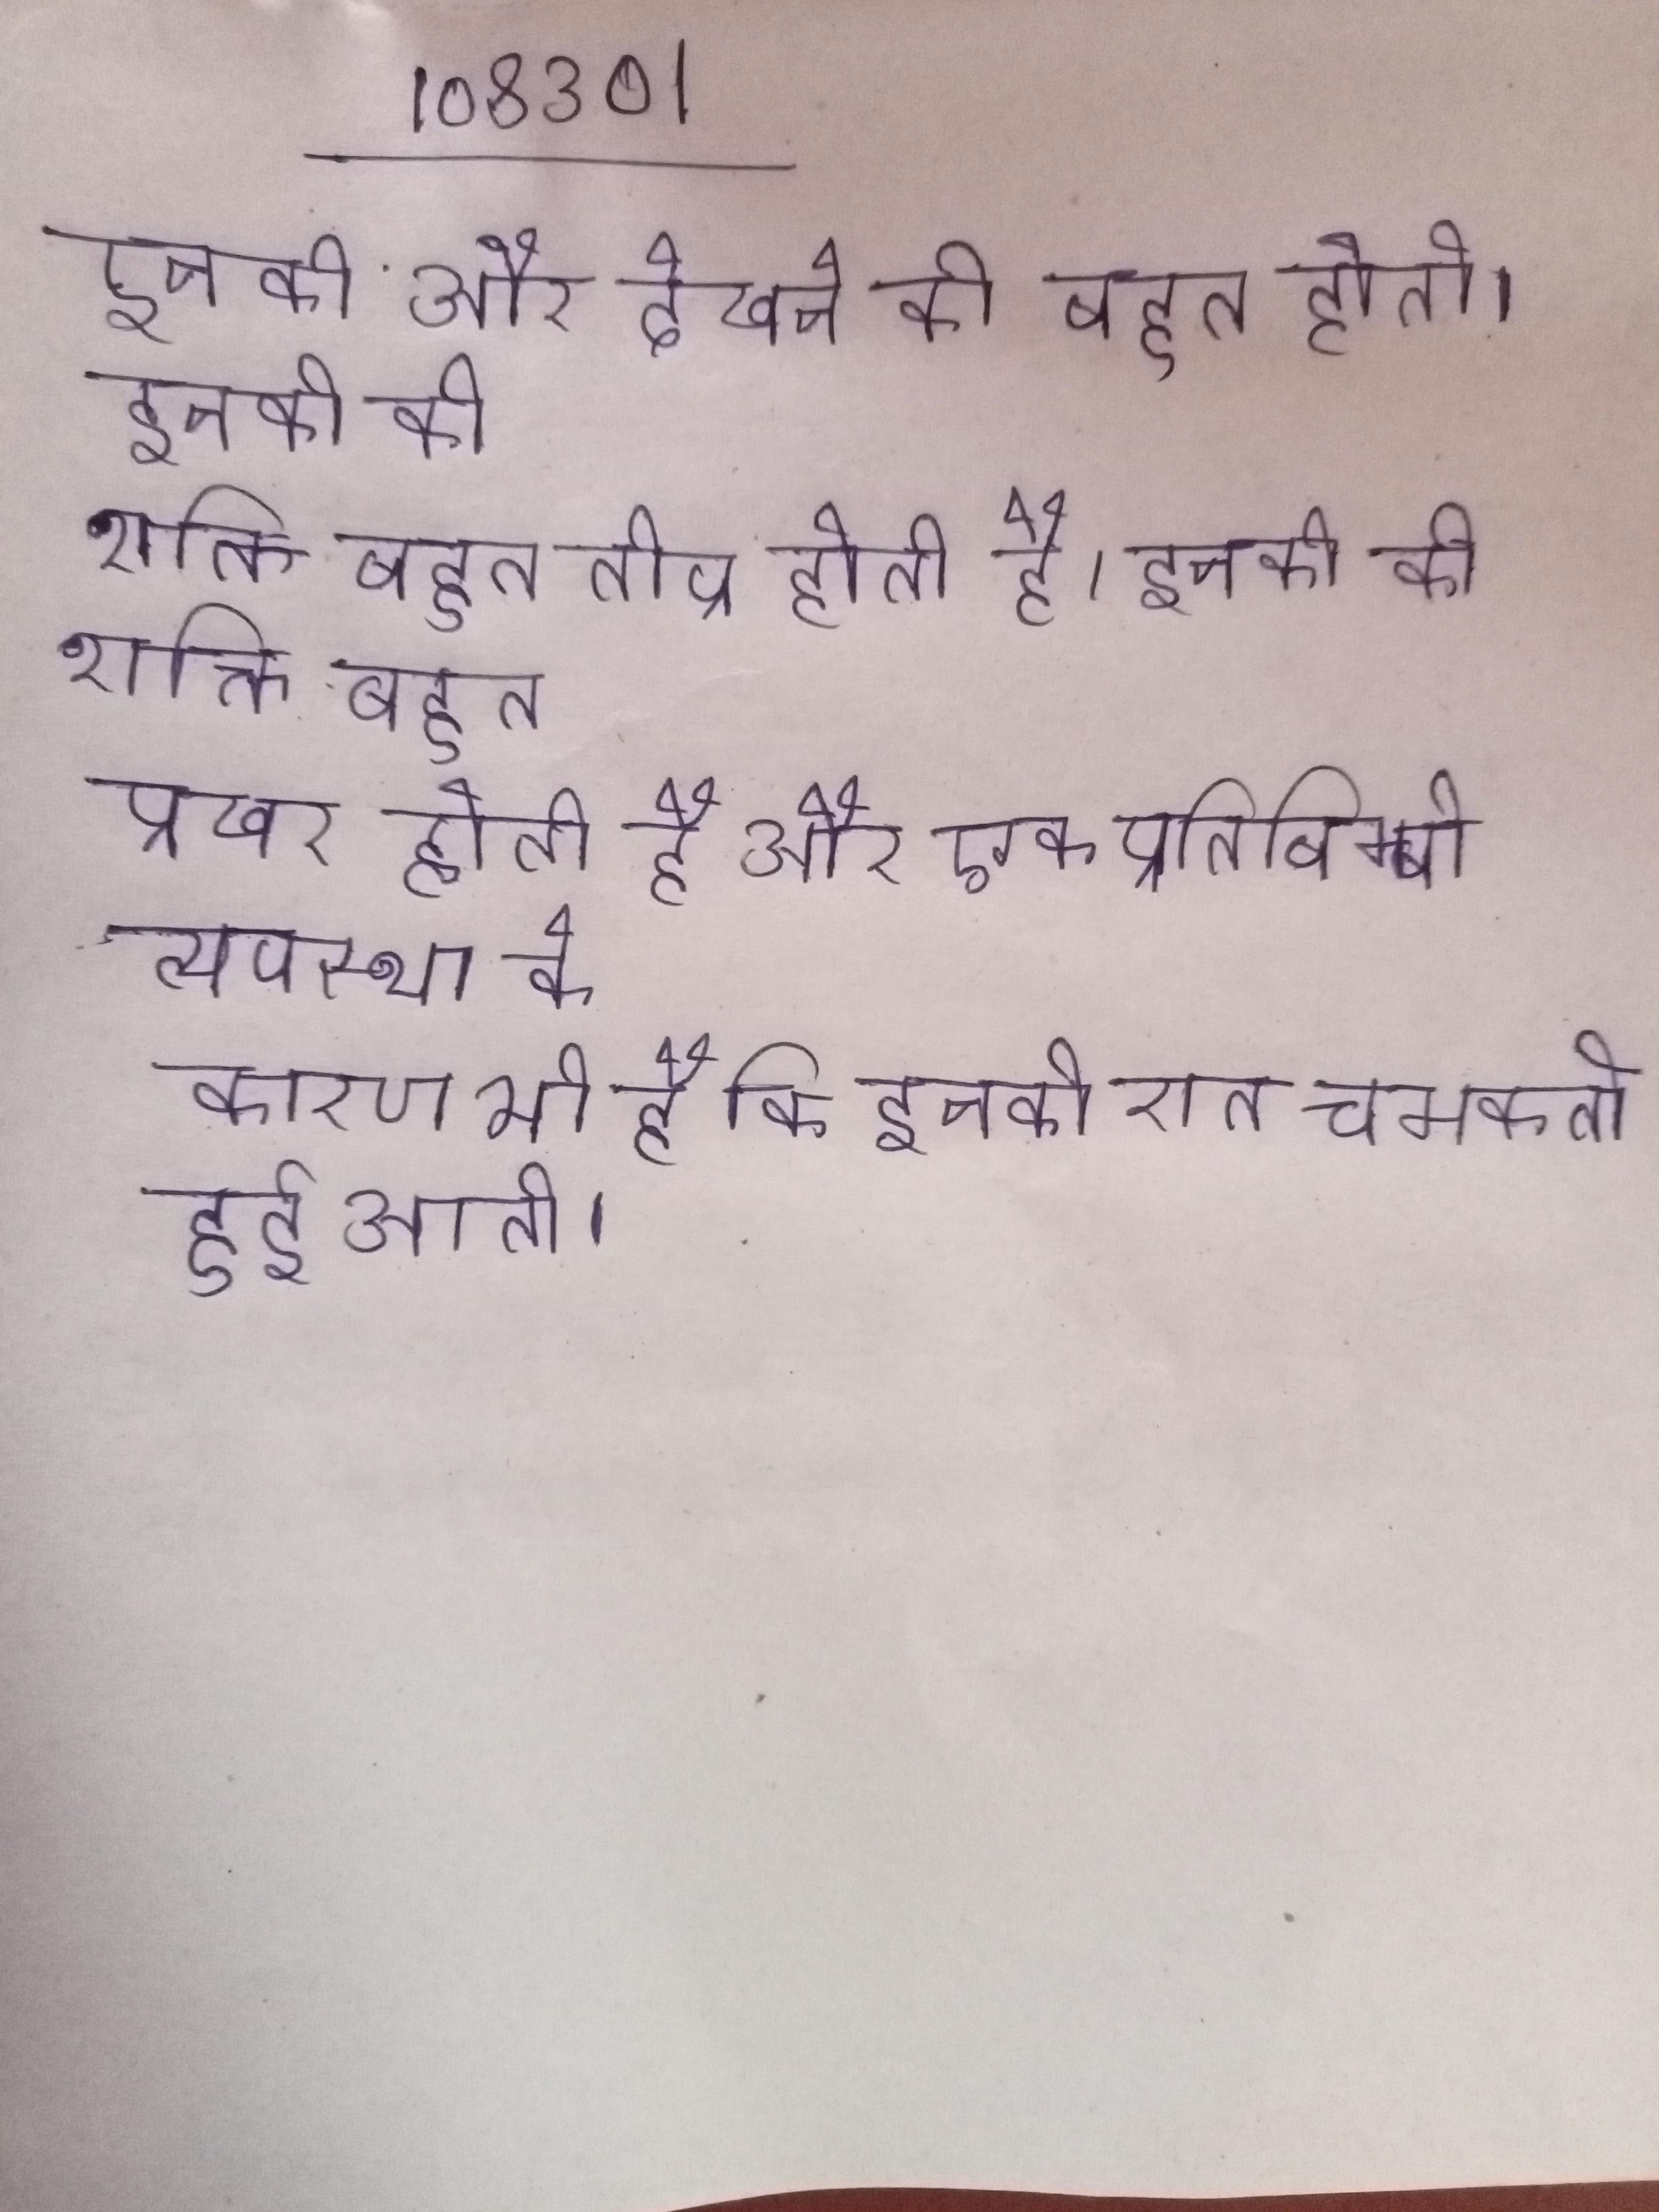
इनकी और देखने की बहुत होती । इनकी की शक्ति बहुत तीव्र होती है । इनकी की शक्ति बहुत प्रखर होती है और एक प्रतिबिम्बी व्यवस्था के कारण यह रात देख पाने अधिक सक्षम होते (यही कारण भी है कि इनकी रात चमकती हुई आती ।